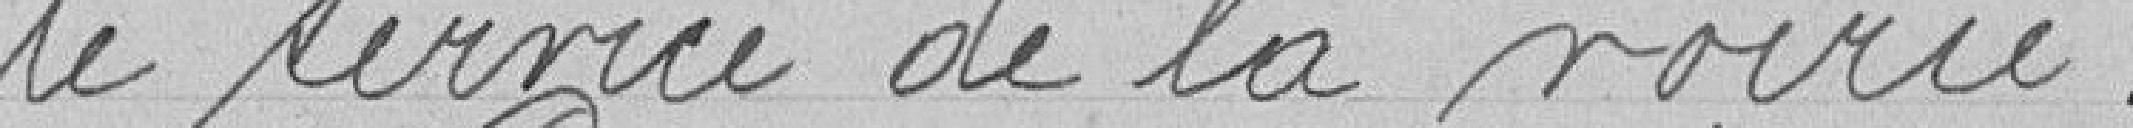
le service de la voirie